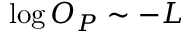
\log O _ { P } \sim - L